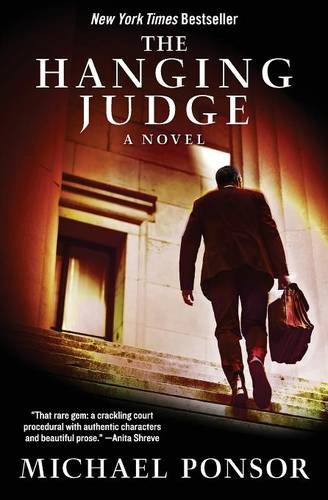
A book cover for The Hanging Judge: A Novel; Michael Ponsor; Mystery, Thriller & Suspense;